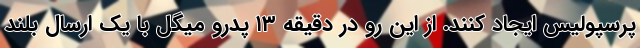
پرسپولیس ایجاد کنند. از این رو در دقیقه ۱۳ پدرو میگل با یک ارسال بلند